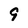
Character: 9